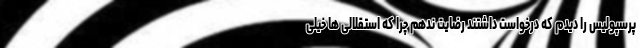
پرسپولیس را دیدم که درخواست داشتند رضایت ندهم چرا که استقلالی ها خیلی